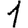
Digit: 1